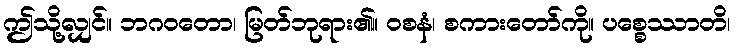
ဤသို့လျှင်။ ဘဂဝတော၊ မြတ်ဘုရား၏။ ဝစနံ၊ စကားတော်ကို။ ပစ္စေဿာတိ၊